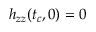
h _ { z z } ( t _ { c } , 0 ) = 0